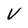
Character: V